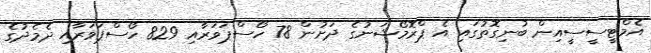
އެމްޓީސީސީއިން ބުނިގޮތުގައި އެ ޕްރޮމޯޝަނުގެ ދަށުން 78 ހޯސްޕަވަރާއި 829 ހޯސްޕަވަރާއި ދެމެދުގެ